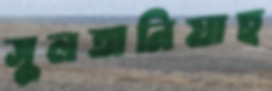
সুলতানিয়াহ